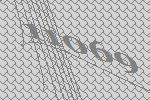
11069